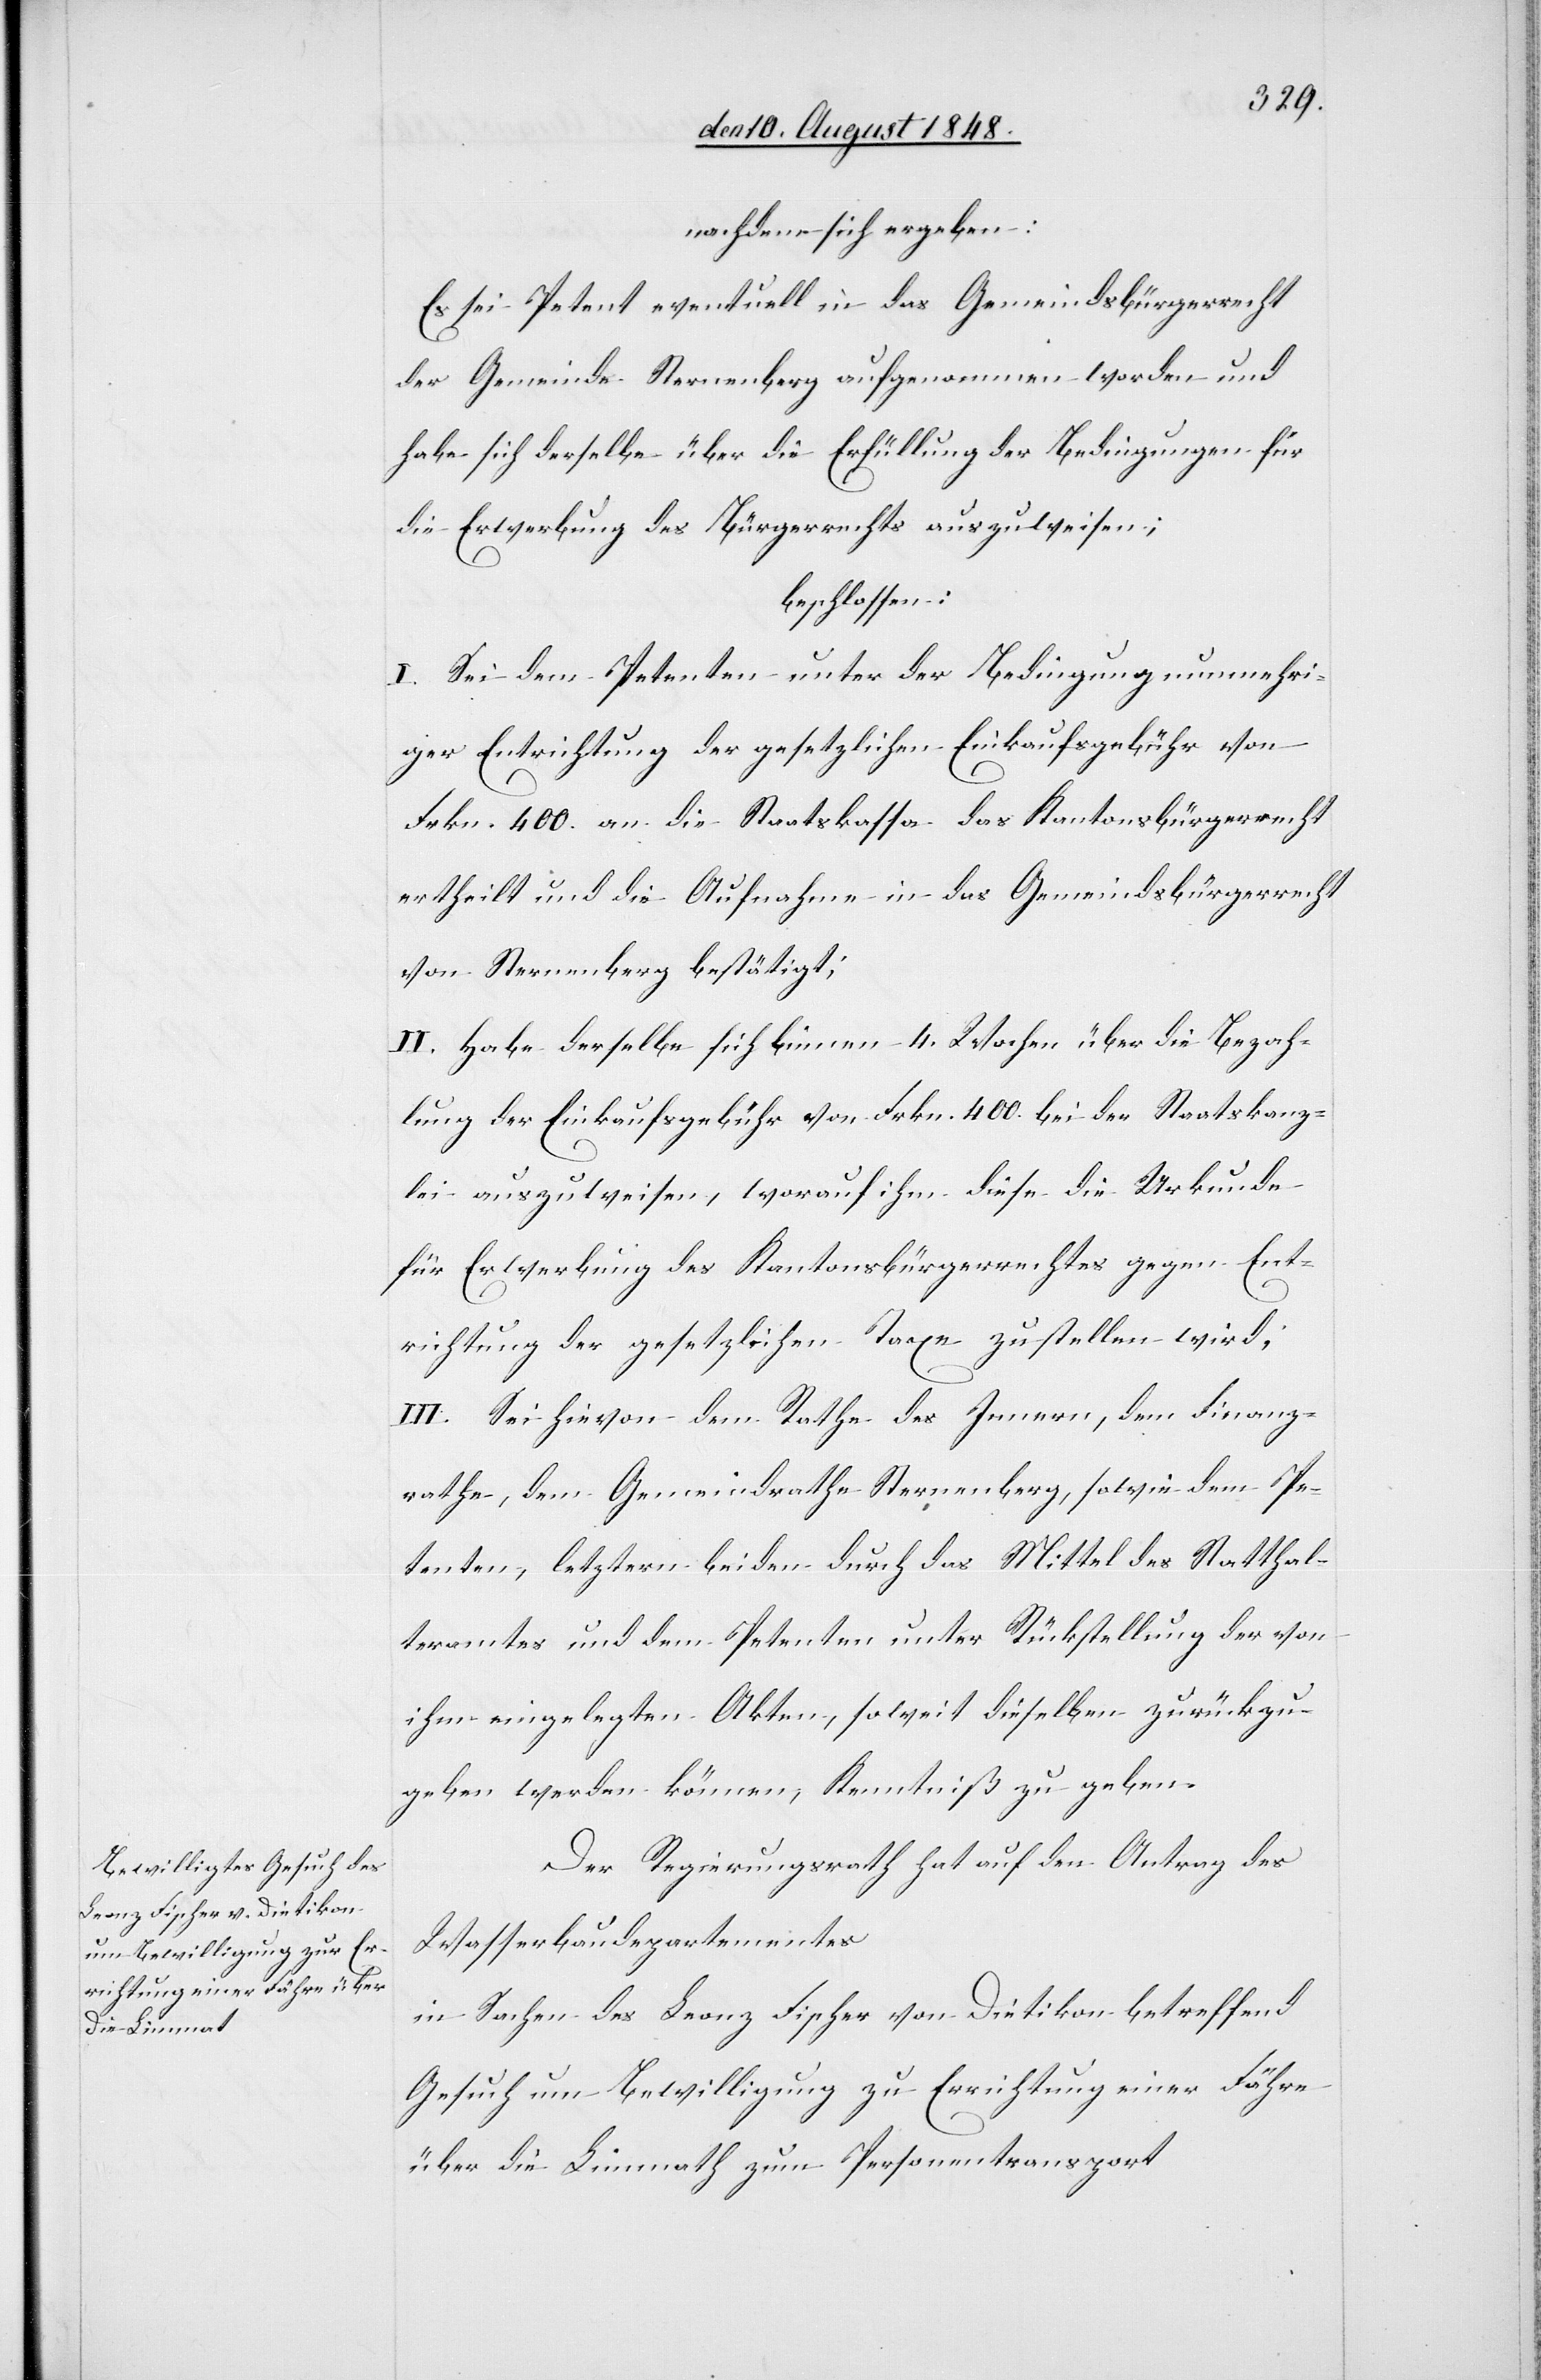
die Limmath

nachdem sich ergeben:
Es sei Petent eventuell in das Gemeindsbürgerrecht
der Gemeinde Sternenberg aufgenommen worden und
habe sich derselbe über die Erfüllung der Bedingungen für
die Erwerbung des Bürgerrechts auszuweisen;
beschlossen:
I. Sei dem Petenten unter der Bedingung nunmehri¬
ger Entrichtung der gesetzlichen Einkaufsgebühr von
Frkn. 400. an die Staatskassa das Kantonsbürgerrecht
ertheilt und die Aufnahme in das Gemeindsbürgerrecht
von Sternenberg bestätigt;
II. Habe derselbe sich binnen 4. Wochen über die Bezah¬
lung der Einkaufsgebühr von Frkn. 400. der Staatskanz¬
lei auszuweisen, worauf ihm diese die Urkunde
für Erwerbung des Kantonsbürgerrechtes gegen Ent¬
richtung der gesetzlichen Taxe zustellen wird;
III. Sei hievon dem Rathe des Innern, dem Finanz¬
rathe, dem Gemeindrathe Sternenberg, sowie dem Pe¬
tenten, letztern beiden durch das Mittel des Statthal¬
teramtes und dem Petenten unter Rückstellung der von
ihm eingelegten Akten, soweit dieselben zurückzu¬
geben werden können, Kenntniß zu geben.
Der Regierungsrath hat auf den Antrag des
Wasserbaudepartementes
in Sachen des Franz Fischer von Dietikon betreffend
Gesuch um Bewilligung zu Errichtung einer Fähre